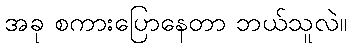
အခု စကားပြောနေတာ ဘယ်သူလဲ။